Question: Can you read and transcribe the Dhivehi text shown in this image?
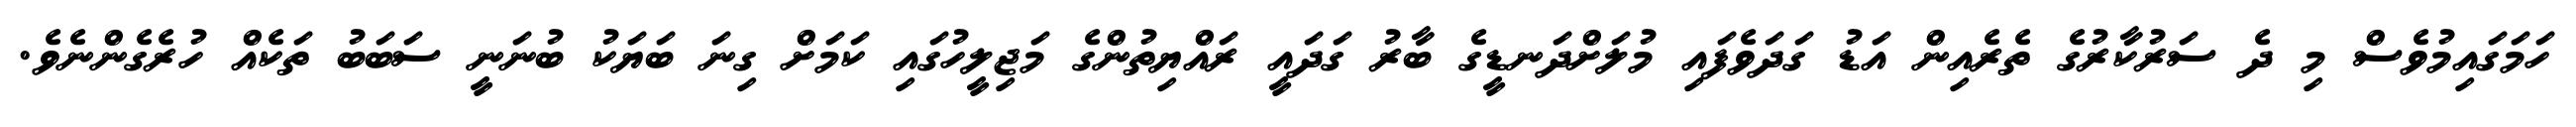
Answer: ހަމަގައިމުވެސް މި ދެ ސަރުކާރުގެ ތެރެއިން އަޑު ގަދަވެފައި މުލަށްދަނޑީގެ ބާރު ގަދައީ ރައްޔިތުންގެ މަޖިލީހުގައި ކަމަށް ގިނަ ބަޔަކު ބުނަނީ ސަބަބު ތަކެއް ހުރެގެންނެވެ.